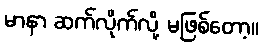
မာနာ ဆက်လိုက်လို့ မဖြစ်တော့။